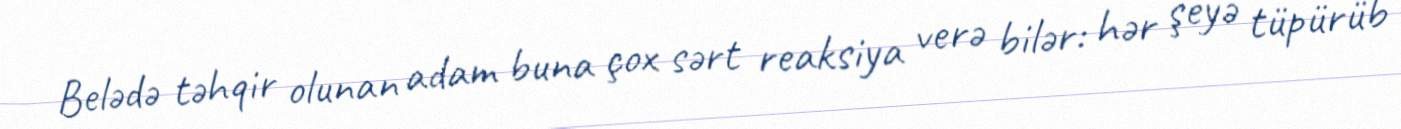
Belədə təhqir olunan adam buna çox sərt reaksiya verə bilər: hər şeyə tüpürüb